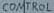
Text: CONTROL